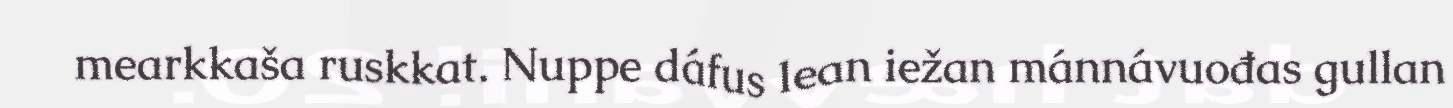
mearkkaša ruskkat. Nuppe dáfus lean iežan mánnávuođas gullan